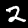
Digit: 2